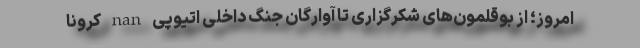
امروز؛ از بوقلمون‌های شکرگزاری تا آوارگان جنگ داخلی اتیوپی nan کرونا